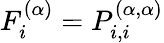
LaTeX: {F_{i}^{(\alpha)}=P_{i,i}^{(\alpha,\alpha)}}